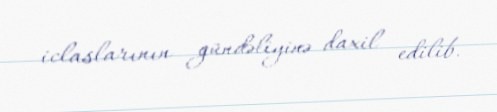
iclaslarının gündəliyinə daxil edilib.